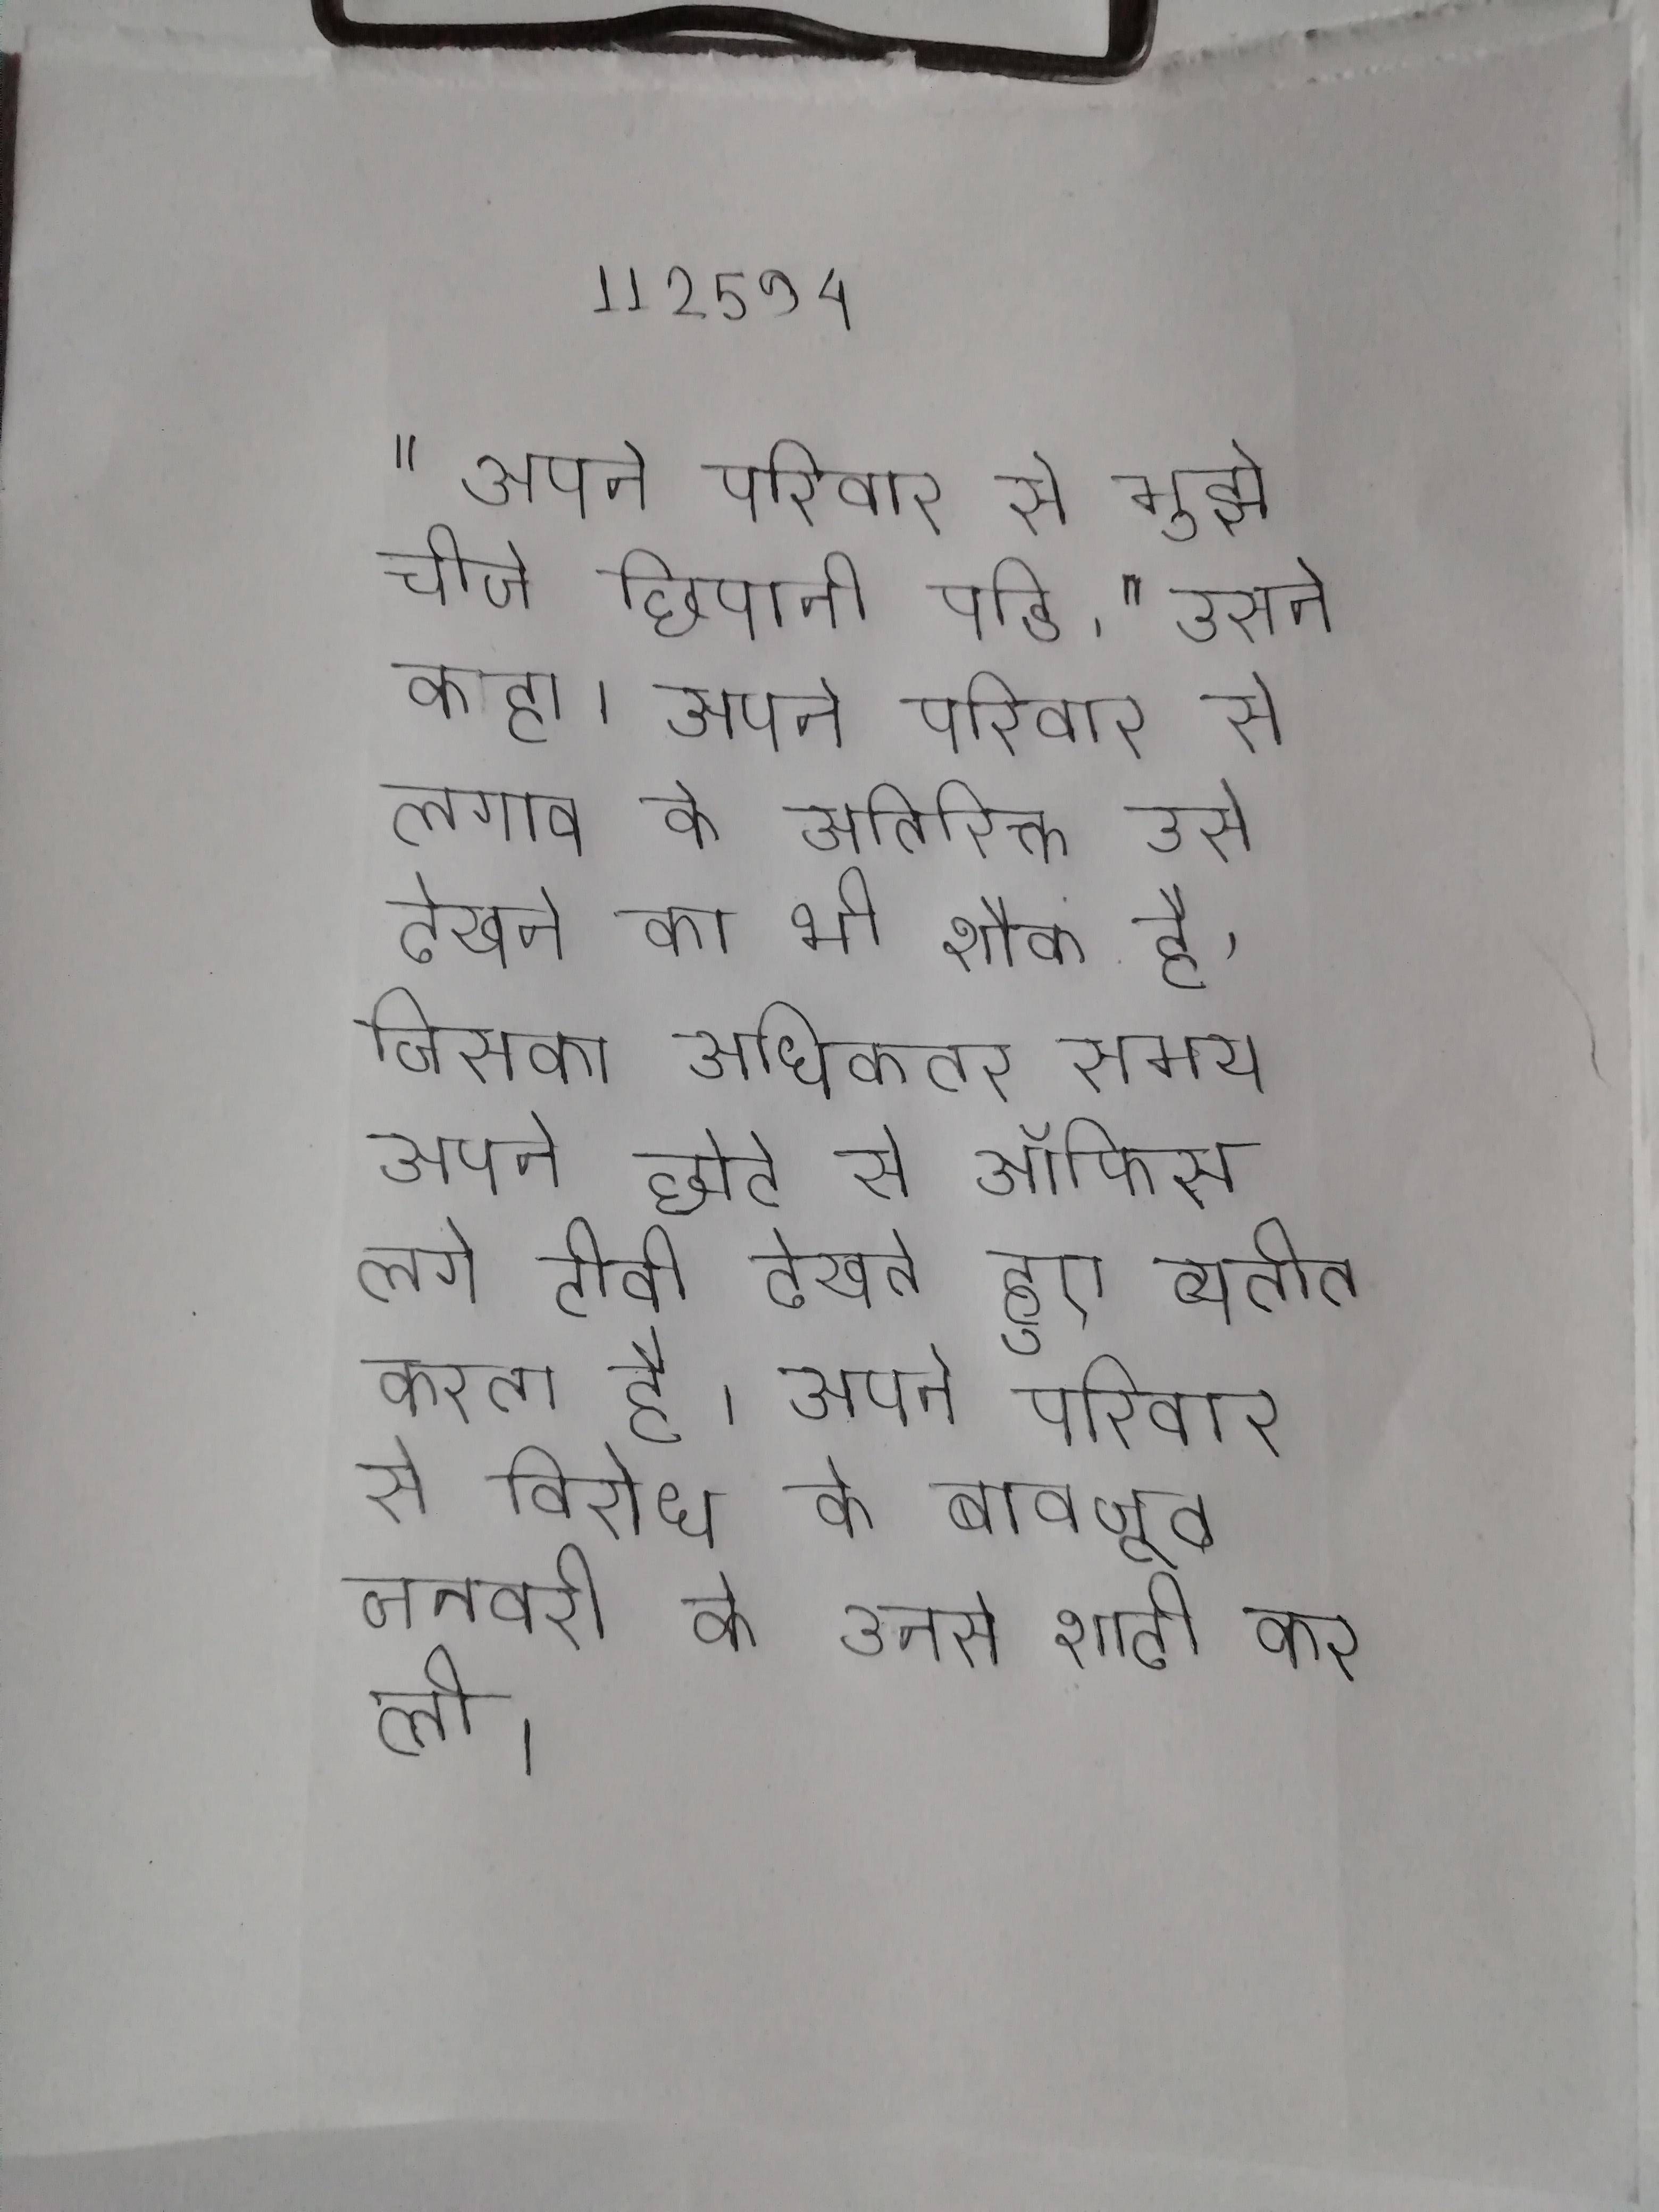
" अपने परिवार से मुझे चीजे छिपानी पडि, " उसने कहा । अपने परिवार से लगाव के अतिरिक्त उसे देखने का भी शौक है, जिसका अधिकतर समय अपने छोटे से ऑफिस लगे टीवी देखते हुए व्यतीत करता है । अपने परिवार से विरोध के बावजूद जनवरी को उनसे शादी कर ली ।